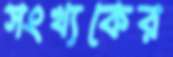
সংখ্যকের